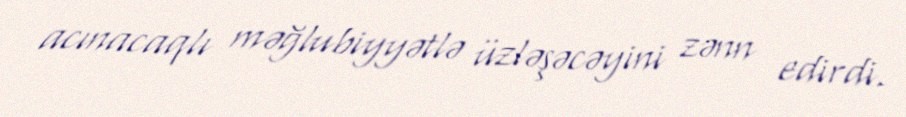
acınacaqlı məğlubiyyətlə üzləşəcəyini zənn edirdi.